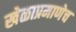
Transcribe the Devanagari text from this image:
खेळाप्रमाणेच